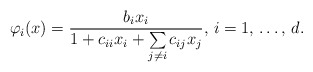
\begin{align*}\varphi_{i}(x)=\frac{b_{i}x_{i}}{1+c_{ii}x_{i}+\sum\limits_{j\ne i} {c_{ij}x_{j}} },\thinspace i=1,\thinspace \mathellipsis ,\thinspace d.\end{align*}